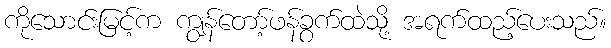
ကိုသောင်းမြင့်က ကျွန်တော့်ဖန်ခွက်ထဲသို့ အရက်ထည့်ပေးသည်။